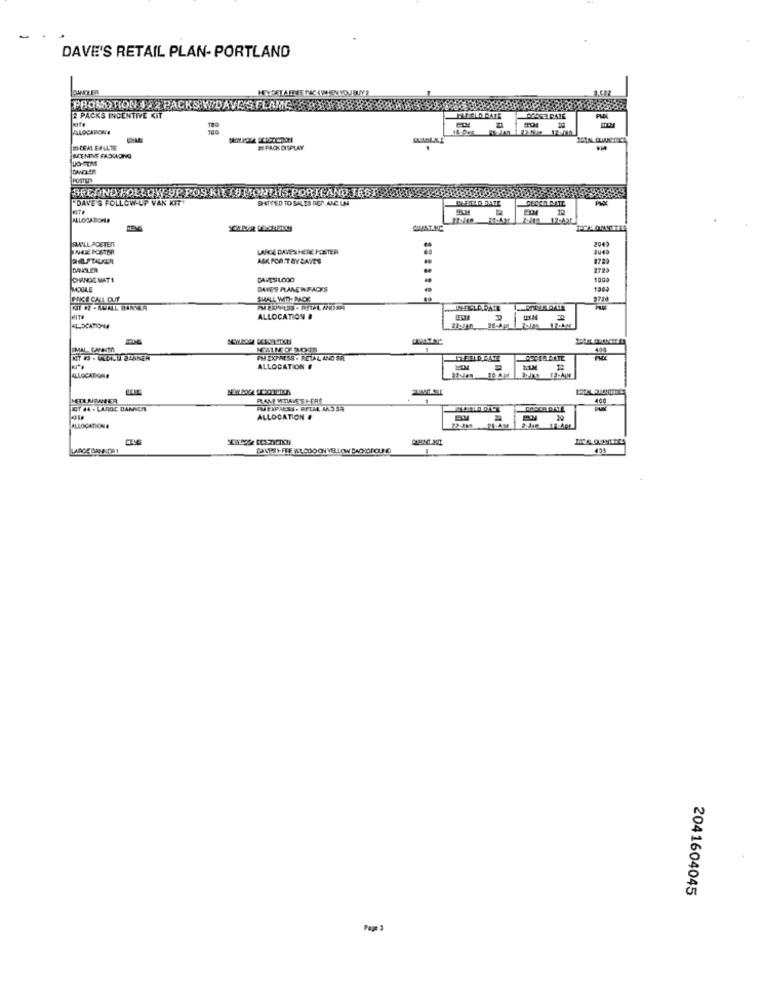
DAVE'S RETAIL PLAN- PORTLAND
PANICLER
HEYGET AFREE DAC <WHENYOUBUY?
PROMOTION JEZ PACKS WIDAVERFLAMES30WYXX
2 PACKS INCENTIVE KIT
TALOCATIONA
25- 12:01
DO-CEAL FALLTE
# PAO<DISPLAY
IENINE FACCIOING
SEEAND FOLLOW UP POS KIL JU MONTHS PORTLAND JEST
"DAVE'S FOLLOW-UP VAN KIT"
SHIVED TO SALES REP.ANC UN
DEERELD DATE
AWILL POSTEN
2049
THERE POSTER
LARE DAES HERE POSTER
Ju40
ASK FOR TRYBAYES
DANOLER
ORNOE MATI
CAVESLCOO
1000
MOULE
DAVE'S PLANE W.FACKS
1302
PRICE CALL OUT
SHALL WIR- PACK
KITE
ALLOCATION #
ALLOCATIONMA
SMAL CANTA
KIT 13 . ULDILU BANNER
FM ZXPRESS . RETAL AND SR
MEELD RATE
ALLOCATION #
ALLOCATION#
ZOT 44 . LAROC BANNER
PMEXPRESS. RETAL ANSSA
499
ALLOCATION .
ALLOCATIONA
DANPSI-FRE WL COOON YELLOW BACONCUNE
455
2041604045